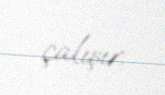
çalışır.